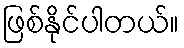
ဖြစ်နိုင်ပါတယ်။